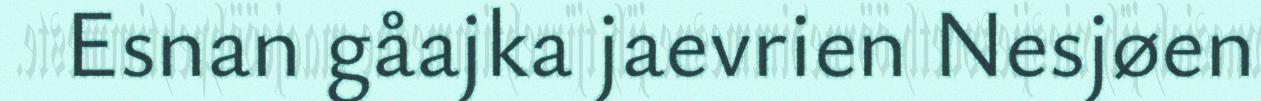
Esnan gåajka jaevrien Nesjøen